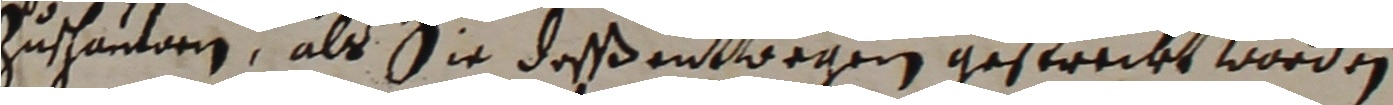
zuschauen, als sie deßenwwegen gestreckt worden.